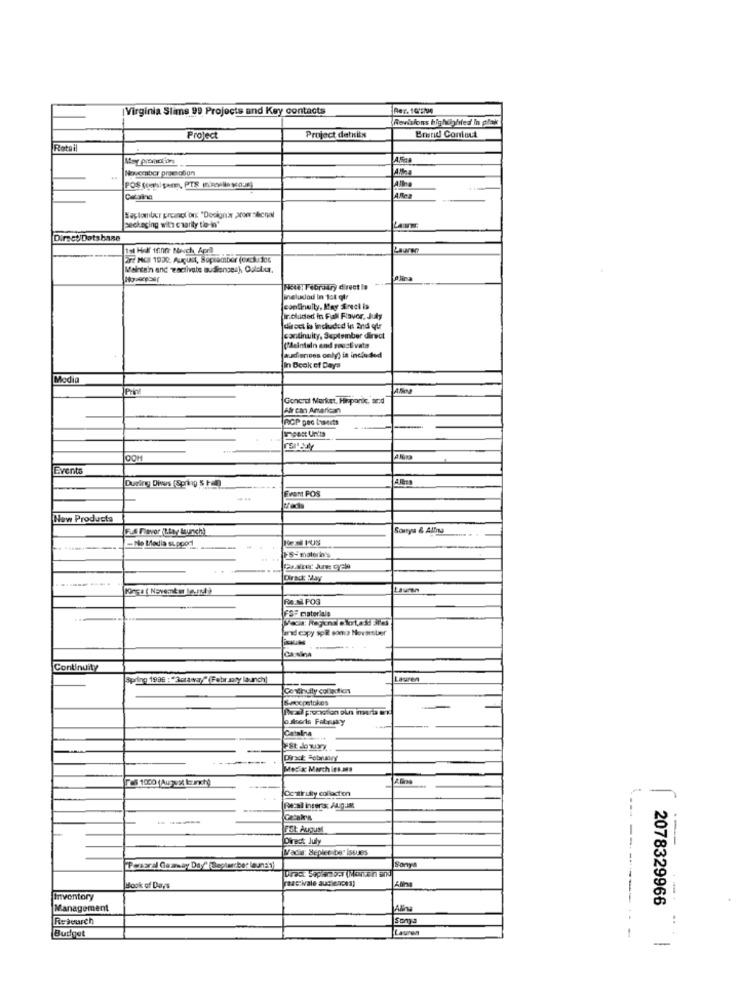
Virginia Slime 99 Projects and Key contacts
Rer. 10'5/94
Revisions highlighted In plak
Brand Contout
Project
Project detkits
Rota
November preesofon
Allna
Eaplomber prcancl'on: "Design'a arom sécnal
packaging witz charity to in"
Direct/Database
277 NCI 1930. August, Saplamber (oxskudce
Maintain and "wactivate audiences), Ouleur.
Note: February direct la
ineludou in 1st ql
continuity, May Erect ia
Ir cluded in Fall Flavor, July
direct is included in 2nd qlr
continuity, September direct
(Pleintuin and rouet vate
audiences only) is included
In Beak ef Days
Modia
Afr can American
OOH
Events
During Dives (Spring 5 Pm)
-----.
Fvant FOS
New Products
Sorrya & Albu
- Ne Media supood
F5- materin's
Dirade May
De.M.POS
FSF Historiale
and expy spill soma November
Cassina
Continuity
spring 1939 : * Actaway" (Fabr.mty launch]
Lauren
Sscopstokes
Catalina
Dirac Fobrany
MeEx March in.mas
Tell 1000 (Aug vil lunch)
---
Costirulty collection
--
---
FEL: August
Direct July
Madie: Seplet be" issues
"Persaral Gamway Day/ Beplandber launa1)
Sonya
reactivale audiences)
Book of Days
Inventory
2078329966
Management
Research
Soma
Budget
Lauren
-